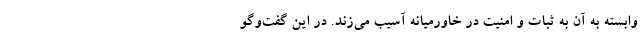
وابسته به آن به ثبات و امنیت در خاورمیانه آسیب می‌زند. در این گفت‌وگو